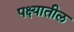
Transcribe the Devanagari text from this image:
पक्ष्यातील